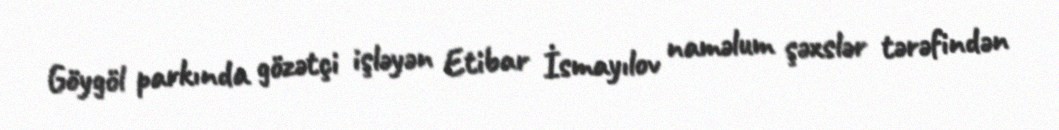
Göygöl parkında gözətçi işləyən Etibar İsmayılov naməlum şəxslər tərəfindən